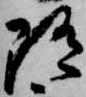
随